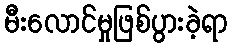
မီးလောင်မှုဖြစ်ပွားခဲ့ရာ